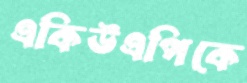
একিউএপিকে